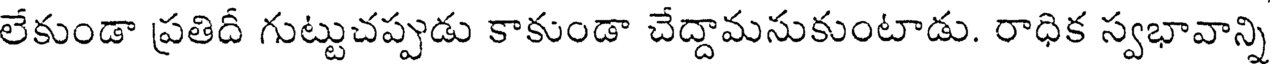
లేకుండా ప్రతిదీ గుట్టుచప్పుడు కాకుండా చేద్దామనుకుంటాడు. రాధిక స్వభావాన్ని